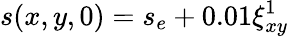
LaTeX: s(x,y,0)=s_{e}+0.01\xi_{xy}^{1}